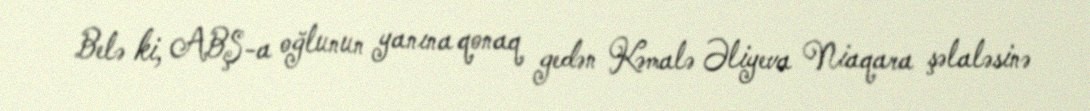
Belə ki, ABŞ-a oğlunun yanına qonaq gedən Kəmalə Əliyeva Niaqara şəlaləsinə